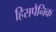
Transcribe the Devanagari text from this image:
हिसपैनिक